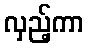
လှည့်ကာ